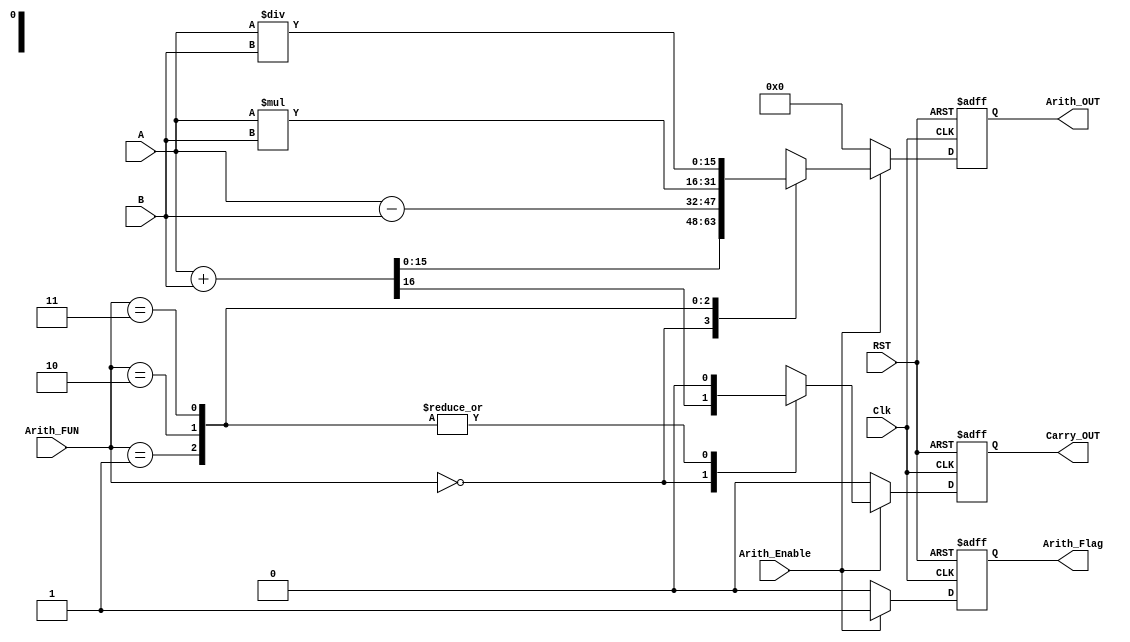
module ARITHMETIC_UNIT #(parameter WIDTH=16)
(
 input wire        [WIDTH-1:0]     A,B,
 input wire                              Clk,Arith_Enable,RST,
 input wire        [1:0]               Arith_FUN,
 output reg       [WIDTH-1:0]     Arith_OUT,
 output reg                             Carry_OUT,Arith_Flag
);

reg                 [WIDTH-1:0]      Arith_comb;
reg                                        Arith_Carry;
reg                                        Arith_Flag_comb;

always @(posedge Clk or negedge RST)
 begin
  if(!RST)
   begin
     Arith_OUT<='b0;
     Arith_Flag<=1'b0 ;
     Carry_OUT<=1'b0;	 
   end
  else 
   begin
    Arith_OUT<=Arith_comb;
	Arith_Flag<=Arith_Flag_comb ;
	Carry_OUT<=Arith_Carry;
   end
 end
 
always @(*)
 begin
  if(Arith_Enable)
   begin
    Arith_Carry=1'b0;
    Arith_Flag_comb=1'b1 ;
    case (Arith_FUN)
     2'b00 : {Arith_Carry,Arith_comb}=A+B ;
     2'b01 : Arith_comb=A-B ;
     2'b10 : Arith_comb=A*B ;
     2'b11 : Arith_comb=A/B ;
     default : Arith_comb='b0; 
    endcase
   end             
  else
   begin
    Arith_comb='b0 ; 
    Arith_Carry=1'b0;
    Arith_Flag_comb=1'b0;	
   end   
 end
 
endmodule